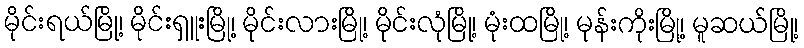
မိုင်းရယ်မြို့၊ မိုင်းရှူးမြို့၊ မိုင်းလားမြို့၊ မိုင်းလုံမြို့၊ မုံးထမြို့၊ မုန်းကိုးမြို့၊ မူဆယ်မြို့၊